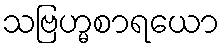
သဗြဟ္မစာရယော